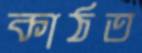
কাঠত